Indian journal of veterinary science and animal husbandry - Volumes 15-17, 1948-1951
Year: 1948
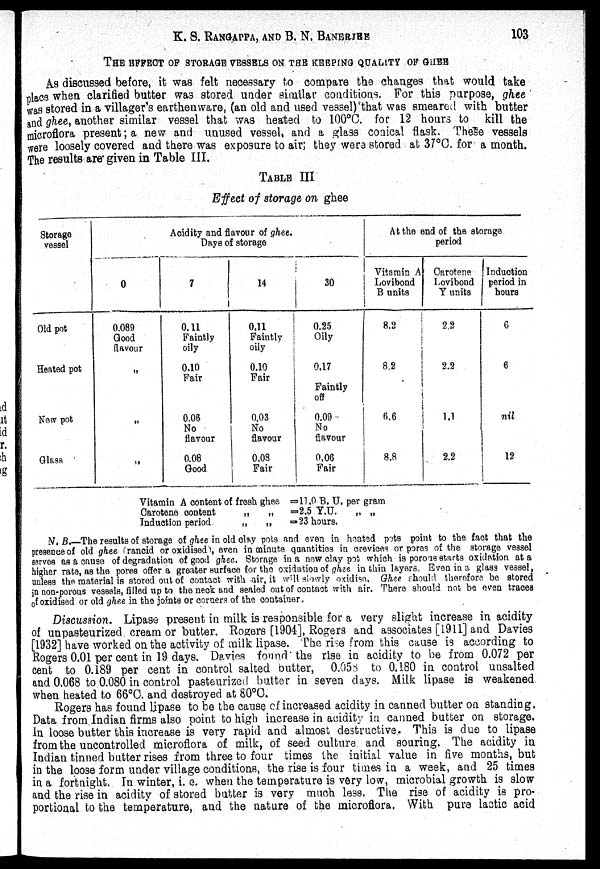
K. S.
RANGAPPA,
AND
B.
N.
BANERJEE
103
THE EFFECT OF STORAGE VESSELS ON THE KEEPING QUALITY OF GHEE
As discussed before, it was felt necessary to compare the changes that would take
place when clarified butter was stored under similar conditions. For this purpose, ghee
was stored in a villager's earthenware, (an old and used vessel)'that was smeared with butter
and ghee, another similar vessel that was heated to 100°C. for 12 hoars to kill the
microflora present; a new and unused vessel, and a glass conical flask. These vessels
were loosely covered and there was exposure to air; they were stored at 37°C. for a month.
The results are given in Table III.
TABLE III
Effect of storage on ghee
Storage
vessel
Old pot
Hented pot
New pot
Glass
Acidity and flavour of ghee.
Days of storage
0
0.089
Good
flavour
„
„
„
7
0.11
Faintly
oily
0.10
Fair
0.06
No
flavour
0.08
Good
14
0.11
Faintly
oily
0.10
Fair
0.03
No
flavour
0.03
Fair
30
0.25
Oily
0.17
Faintly
off
0.09
No
flavour
0.06
Fair
At the end of the storage
Vitamin A
Lovibond
B units
8.2
8.2
6.6
8.8
Carotene
Lovibond
Y units
2.2
2.2
1.1
2.2
Induction
period in
hours
6
6
nil
12
Vitamin A content of fresh ghee
Carotene
content
„
„
Induction period
„
„
= 11.0 B. U, per gram
=2.5 Y.U.
„ „
= 23 hours.
N. B.—The results of storage of ghee in old clay pots and even in heated pots point to the fact that the
presence of old ghee (rancid or oxidised , even in minute quantities in crevices or pores of the storage vessel
serves as a cause of degradation of good ghee. Storage in a new clay pot which is porous starts oxidation at a
higher rate, as the pores offer a greater surface for the oxidation of ghee in thin layers. Even in a glass vessel,
unless the material is stored out of contact with air, it will slowly oxidise. Ghee should therefore be stored
in non-porous vessels, filled up to the neck and sealed out of contact with air. There should not be even traces
of oxidised or old ghee in the joints or corners of the container.
Discussion. Lipase present in milk is responsible for a very slight increase in acidity
of unpasteurized cream or butter. Rogers [1904], Rogers and associates [1911] and Davies
[1932] have worked on the activity of milk lipase. The rise from this cause is according to
Rogers 0.01 per cent in 19 days. Davies found the rise in acidity to be from 0.072 per
cent to 0.189 per cent in control salted butter, 0.058 to 0.180 in control unsalted
and 0.068 to 0.080 in control pasteurized butter in seven days. Milk lipase is weakened
when heated to 66°C. and destroyed at 80°C.
Rogers has found lipase to be the cause of increased acidity in canned butter on standing.
Data from Indian firms also point to high increase in acidity in canned butter on storage.
In loose butter this increase is very rapid and almost destructive. This is due to lipase
from the uncontrolled microflora of milk, of seed culture and souring. The acidity in
Indian tinned butter rises from three to four times the initial value in five months, but
in the loose form under village conditions, the rise is four times in a week, and 25 times
in a fortnight. In winter, i. e. when the temperature is very low, microbial growth is slow
and the rise in acidity of stored butter is very much less. The rise of acidity is pro-
portional to the temperature, and the nature of the microflora. With pure lactic acid